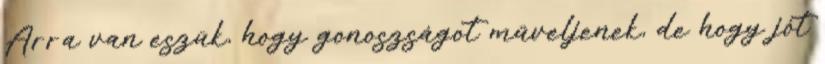
Arra van eszük, hogy gonoszságot műveljenek, de hogy jót